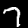
Label: 7